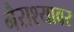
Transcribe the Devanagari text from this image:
नैराश्यावर